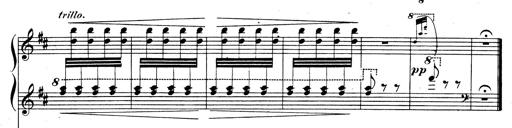
Title: Rhapsodie espagnole
Composer: Franz Liszt